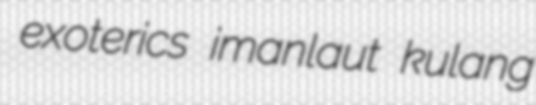
exoterics imanlaut kulang